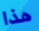
هذا